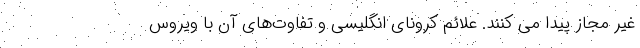
غیر مجاز پیدا می کنند. علائم کرونای انگلیسی و تفاوت‌های آن با ویروس